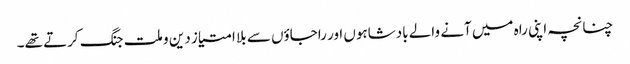
چنانچہ اپنی راہ میں آنے والے بادشاہوں اور راجاؤں سے بلا امتیاز دین و ملت جنگ کرتے تھے۔